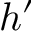
h ^ { \prime }